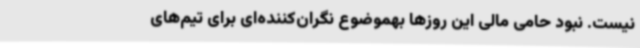
نیست. نبود حامی مالی این روزها بهموضوع نگران‌کننده‌ای برای تیم‌های